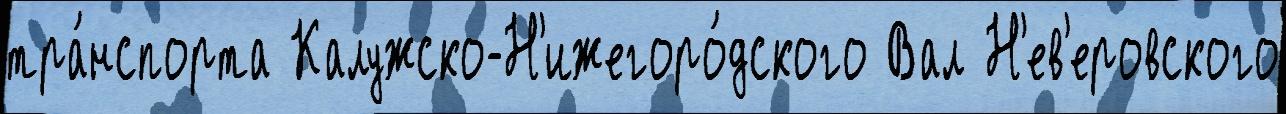
тра́нспорта Калужско-Н'ижегоро́дского Вал Н'ев'еровского